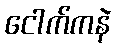
ငေါက်ကနဲ